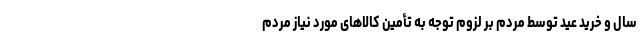
سال و خرید عید توسط مردم بر لزوم توجه به تأمین کالاهای مورد نیاز مردم